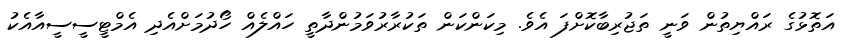
އަތޮޅުގެ ރައްޔިތުން ވަނީ ތަޖުރިބާކޮށްފަ އެވެ. މިކަންކަން ތަކުރާރުވަމުންދާތީ ހައްލެއް ހޯދުމަށްއެދި އެމްޓީސީސީއާއެކު